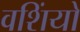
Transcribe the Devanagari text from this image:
वशिंयो